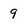
Character: 9